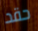
حقد